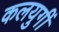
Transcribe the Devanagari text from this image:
कलयुगीं